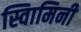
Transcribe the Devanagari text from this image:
स्वािमिनी